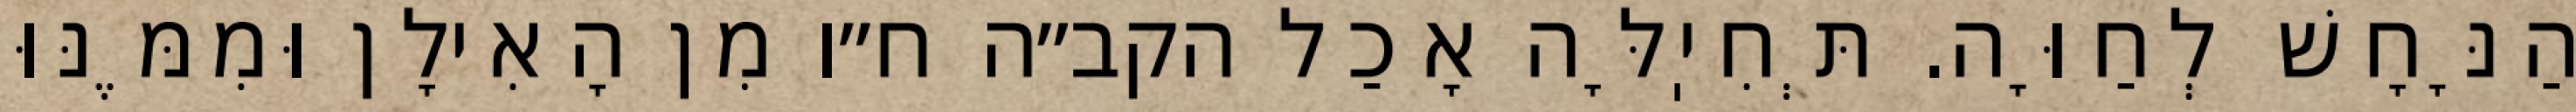
הַנָּחָשׁ לְחַוָּה. תְּחִיֽלָּה אָכַל הקב״ה ח״ו מִן הָאִילָן וּמִמֶּנּוּ